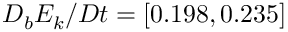
D _ { b } E _ { k } / D t = [ 0 . 1 9 8 , 0 . 2 3 5 ]